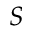
S